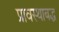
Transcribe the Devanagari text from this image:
प्रावस्थाबद्ध